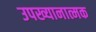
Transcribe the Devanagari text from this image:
उपख्यानात्मक